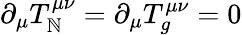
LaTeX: \partial_{\mu}T_{\mathbb{N}}^{\mu\nu}=\partial_{\mu}T_{g}^{\mu\nu}=0